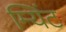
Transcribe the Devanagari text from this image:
म्यिंट